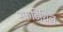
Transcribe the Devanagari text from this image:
स्फटिशिल